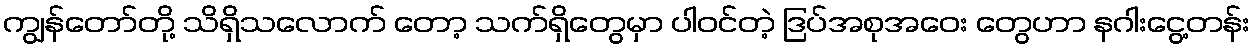
ကျွန်တော်တို့ သိရှိသလောက် တော့ သက်ရှိတွေမှာ ပါဝင်တဲ့ ဒြပ်အစုအဝေး တွေဟာ နဂါးငွေ့တန်း